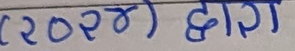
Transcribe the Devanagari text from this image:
(२०२४) द्वारा